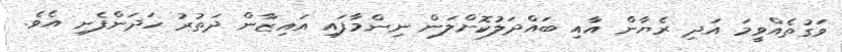
ވަގުތެއްވީމަ އަދި ރެޔާން އާއި ބައްދަލުކޮށްލަން ނިންމާފައި އައިޒާން ދަތުރު ހަދަންފެށި އެވެ.